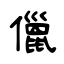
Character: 儠